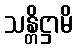
သန္တိဋ္ဌာမိ